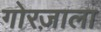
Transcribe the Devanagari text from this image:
गोरज़ाला